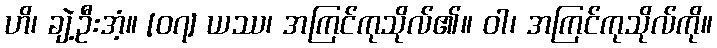
ဟိ၊ ချဲ့ဦးအံ့။ [၀၇] ယဿ၊ အကြင်ကုသိုလ်၏။ ဝါ၊ အကြင်ကုသိုလ်ကို။